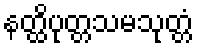
နတ္ထိပုတ္တသမသုတ္တံ